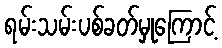
ရမ်းသမ်းပစ်ခတ်မှုကြောင့်